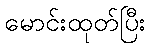
မောင်းထုတ်ပြီး